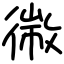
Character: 幑